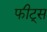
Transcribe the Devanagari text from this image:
फीट्स